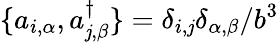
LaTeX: \{ a_{i,\alpha},a_{\mathit{j},\beta}^{\dagger}\} =\delta_{i,\mathit{j}}\delta_{\alpha,\beta}/b^{3}